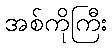
အစ်ကိုကြီး